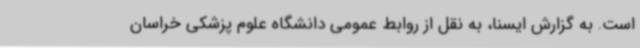
است. به گزارش ایسنا، به نقل از روابط عمومی دانشگاه علوم پزشکی خراسان